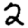
Digit: 2